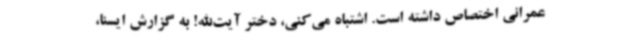
عمرانی اختصاص داشته است. اشتباه می‌کنی، دختر آیت‌الله! به گزارش ایسنا،